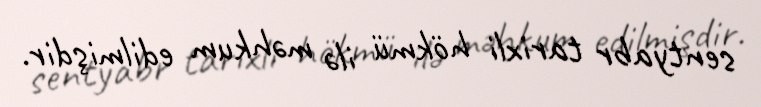
sentyabr tarixli hökmü ilə məhkum edilmişdir.